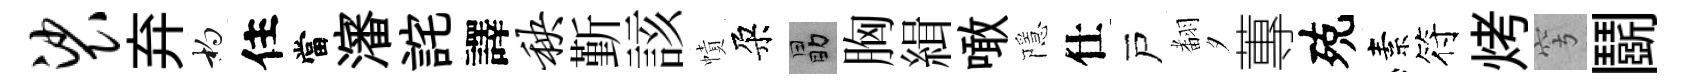
裟弃杓住當瀋詫譯秧斳該幘朶勗胸緝噉隱仕戸𮋒夕蓴殑素符烤穹鬬